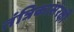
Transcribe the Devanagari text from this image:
तंत्रिकासंरक्षी